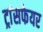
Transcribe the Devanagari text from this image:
ट्रांसफेयर